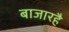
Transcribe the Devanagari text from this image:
बाजारहै